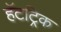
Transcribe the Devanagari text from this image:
हॅटट्रिक